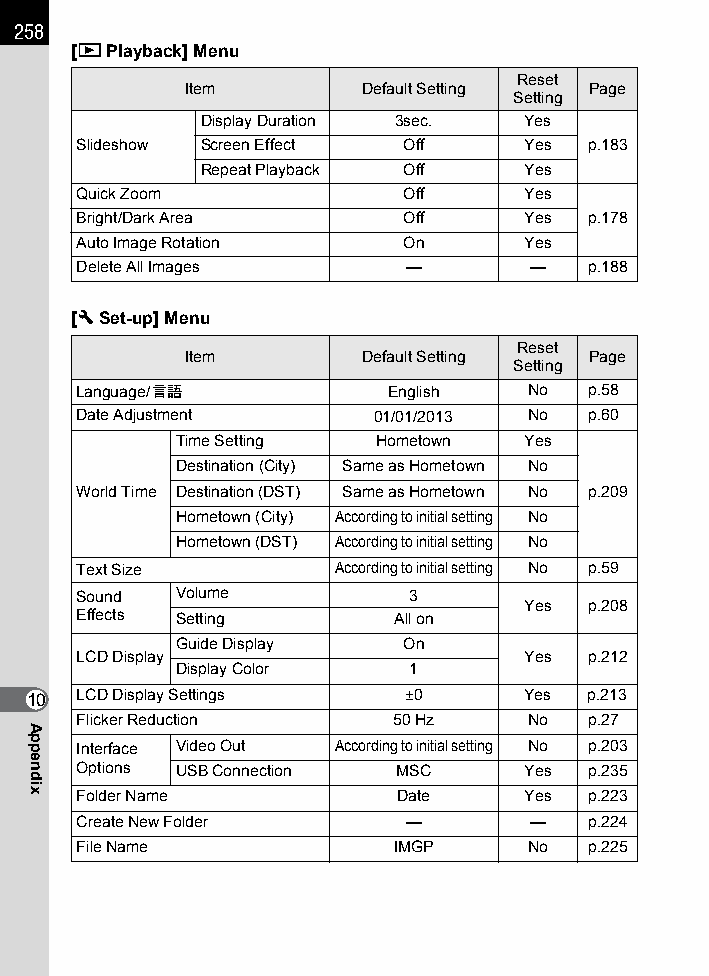
258
 [Q Playback] Menu
 Reset
 Item        Default Setting Page
 Setting
 Display Duration 3sec. Yes
 Slideshow Screen Effect Off   Yes p.183
 Repeat Playback Off   Yes
 Quick Zoom            Off     Yes
 Bright/Dark Area      Off     Yes p.178
 Auto Image Rotation   On      Yes
 Delete All Images     —       —   p.188
 [R Set-up] Menu
 Reset
 Item        Default Setting Page
 Setting
 Language/u          English   No  p.58
 Date Adjustment     01/01/2013 No p.60
 Time Setting  Hometown  Yes
 Destination (City) Same as Hometown No
 World Time Destination (DST) Same as Hometown No p.209
 Hometown (City) According to initial setting No
 Hometown (DST) According to initial setting No
 Text Size        According to initial setting No p.59
 Sound Volume          3
 Yes p.208
 Effects Setting      All on
 Guide Display   On
 LCD Display                   Yes p.212
 Display Color   1
 10 LCD Display Settings  ±0      Yes p.213
 Flicker Reduction    50 Hz    No  p.27
 Interface Video Out According to initial setting No p.203
 Options USB Connection MSC    Yes p.235
 Folder Name          Date     Yes p.223
 Create New Folder     —       —   p.224
 File Name            IMGP     No  p.225
 Appendix